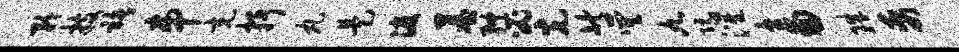
矜技褚串充抒丸是渡墓终必光等巽九阮灌畜珠禹